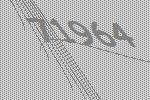
71964